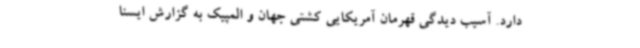
دارد. آسیب دیدگی قهرمان آمریکایی کشتی جهان و المپیک به گزارش ایسنا